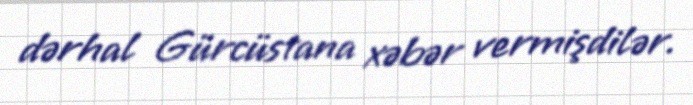
dərhal Gürcüstana xəbər vermişdilər.